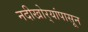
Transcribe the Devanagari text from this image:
नदीखोर्‍यांपासून